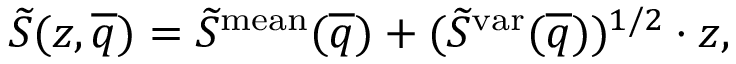
\widetilde { S } ( z , \overline { { q } } ) = \widetilde { S } ^ { \mathrm { m e a n } } ( \overline { { q } } ) + ( \widetilde { S } ^ { \mathrm { v a r } } ( \overline { { q } } ) ) ^ { 1 / 2 } \cdot z ,